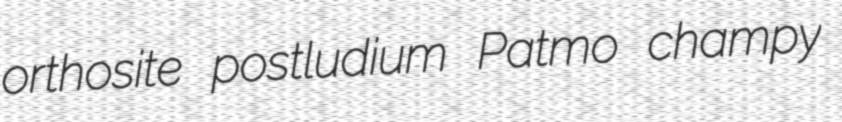
orthosite postludium Patmo champy